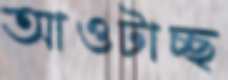
আওটাচ্ছ